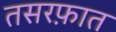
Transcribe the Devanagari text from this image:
तसरफ़ात